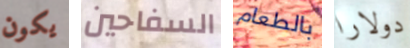
يكون السفاحين بالطعام دولارا